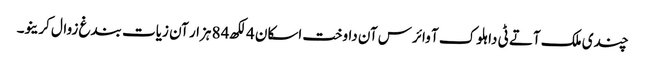
چندی ملک آتے ٹی دا ہلوک آ وائرس آن داوخت اسکان 4 لکھ 84 ہزار آن زیات بندغ زوال کرینو۔